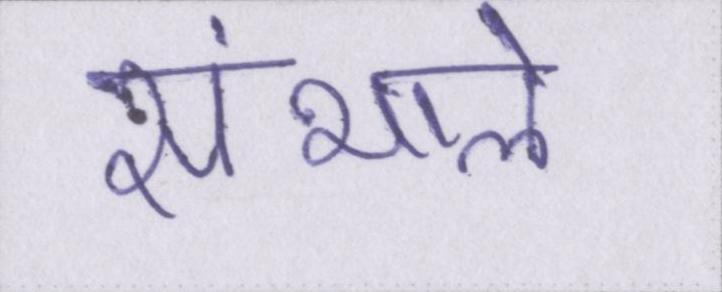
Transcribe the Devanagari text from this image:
संभाले